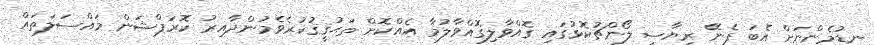
ނޑުމެންނަށް އެބަ ފެނޭ ރިޔާސީ ލޯންޗުކޮޅުގައި ގޮއްވާލިގޮއްވާލުމާ އެއްކޮށް ތަޙުޤީޤުކުރެވެމުންދާއިރު ކޮރަޕްޝަން މައްސަލަތައް